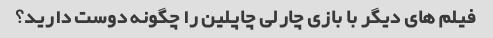
فیلم های دیگر با بازی چارلی چاپلین را چگونه دوست دارید؟